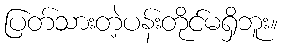
ပြတ်သားတဲ့ပန်းတိုင်မရှိဘူး။